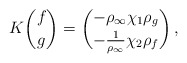
\begin{align*} K\binom{f}{g}=\binom{-\rho_\infty\chi_1\rho_g}{-\tfrac{1}{\rho_\infty}\chi_2\rho_f}\,,\end{align*}